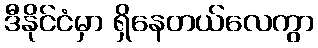
ဒီနိုင်ငံမှာ ရှိနေတယ်လေကွာ